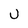
Character: U